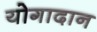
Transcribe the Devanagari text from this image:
योगादान